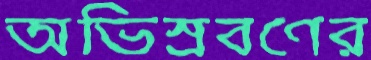
অভিস্রবণের